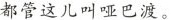
都管这儿叫哑巴渡。